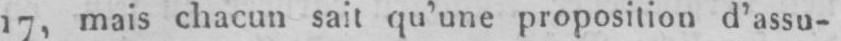
17, mais chacun sait qu’une proposition d’assu-